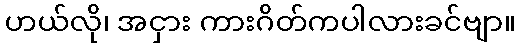
ဟယ်လို၊ အငှား ကားဂိတ်ကပါလားခင်ဗျာ။